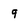
Character: 9